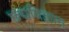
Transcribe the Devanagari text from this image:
छ्द्मविज्ञान